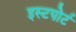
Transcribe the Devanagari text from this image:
इस्टपोर्ट